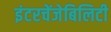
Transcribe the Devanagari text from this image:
इंटरचेंजेबिलिटी